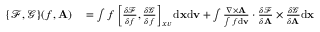
\begin{array} { r l } { \{ \mathcal { F } , \mathcal { G } \} ( f , { \mathbf A } ) } & { { } = \int f \left[ \frac { \delta \mathcal { F } } { \delta f } , \frac { \delta \mathcal { G } } { \delta f } \right] _ { x v } \mathrm { d } { \mathbf x } \mathrm { d } { \mathbf v } + \int \frac { \nabla \times { \mathbf A } } { \int f \mathrm { d } { \mathbf v } } \cdot \frac { \delta \mathcal { F } } { \delta { \mathbf A } } \times \frac { \delta \mathcal { G } } { \delta { \mathbf A } } \mathrm { d } { \mathbf x } } \end{array}